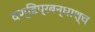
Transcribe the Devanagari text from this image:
दण्डिप्रबन्धाश्च